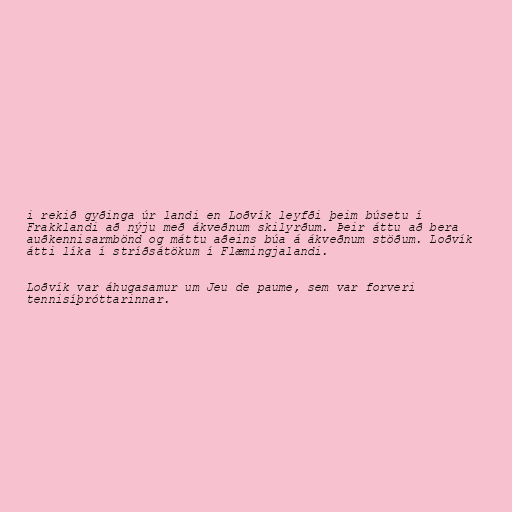
i rekið gyðinga úr landi en Loðvík leyfði þeim búsetu í
Frakklandi að nýju með ákveðnum skilyrðum. Þeir áttu að bera
auðkennisarmbönd og máttu aðeins búa á ákveðnum stöðum. Loðvík
átti líka í stríðsátökum í Flæmingjalandi.

Loðvík var áhugasamur um Jeu de paume, sem var forveri
tennisíþróttarinnar.